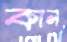
কান